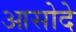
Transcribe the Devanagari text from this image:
आसोदे